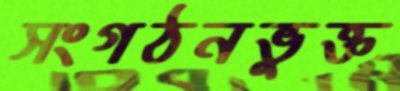
সংগঠনভুক্ত